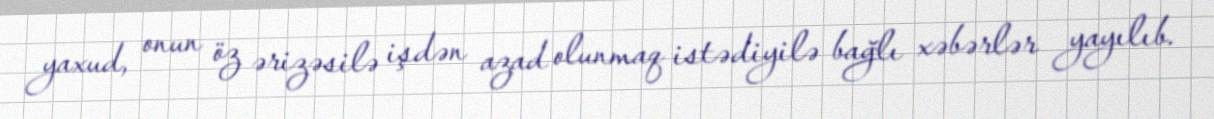
yaxud, onun öz ərizəsilə işdən azad olunmaq istədiyilə bağlı xəbərlər yayılıb.